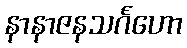
နာနာဇနသင်္ဂဟော